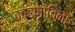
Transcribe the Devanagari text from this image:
कारणाविना